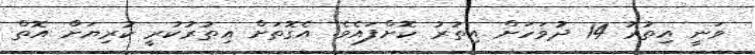
ވަނީ އިތުރު 14 ދުވަހަށް އިތުރު ކޮށްފައެވެ. އެގޮތަށް އިތުރުކުރީ ކުރިޔަށް އޮތް